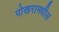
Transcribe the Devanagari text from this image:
पोखरामधील